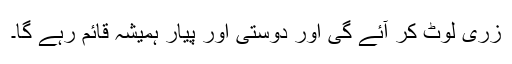
زری لوٹ کر آئے گی اور دوستی اور پیار ہمیشہ قائم رہے گا۔